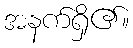
အနက်ရှိ၏။